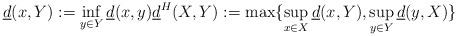
LaTeX: \begin{align*}\underline{d}(x,Y):=\inf_{y\in Y}\underline{d}(x,y) \underline{d}^H(X,Y):=\max\{\sup_{x\in X}\underline{d}(x,Y),\sup_{y\in Y}\underline{d}(y,X)\}\end{align*}